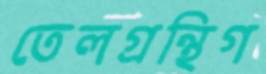
তেলগ্রন্থিগ